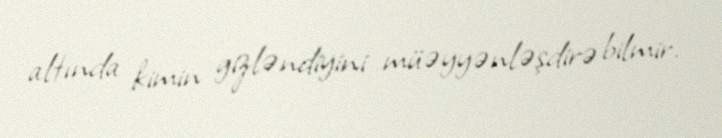
altında kimin gizləndiyini müəyyənləşdirə bilmir.